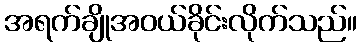
အရက်ချိုအဝယ်ခိုင်းလိုက်သည်။